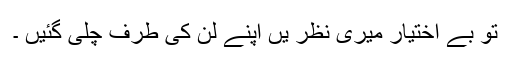
تو بے اختیار میری نظر یں اپنے لن کی طرف چلی گئیں ۔